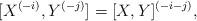
LaTeX: \begin{align*} [X^{(-i)},Y^{(-j)}]=[X,Y]^{(-i-j)},\end{align*}